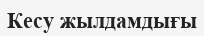
Кесу жылдамдығы